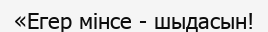
«Егер мінсе - шыдасын!